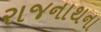
રાજનાથના